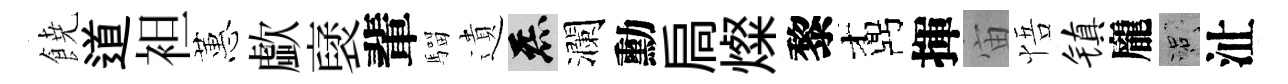
𩜙道袒蕙歔裦輩騮遺炁瀾勳扃燦黎鼒揮宙悟镇龐口沚